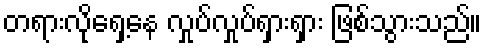
တရားလိုရှေ့နေ လှုပ်လှုပ်ရှားရှား ဖြစ်သွားသည်။